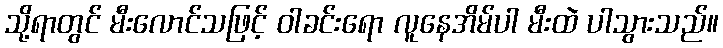
သို့ရာတွင် မီးလောင်သဖြင့် ဝါခင်းရော လူနေအိမ်ပါ မီးထဲ ပါသွားသည်။